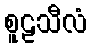
စူဠသီလံ